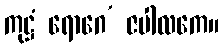
ကုဋ္ဌံ ရောဂေ’ ဇပါလကေ။